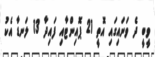
ވީބީ ދެ ވަނައިގައި އޮތީ 21 ޕޮއިންޓާއި ފައިދާ 13 ލަނޑާ އެކު